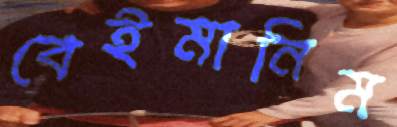
বেইমানিম